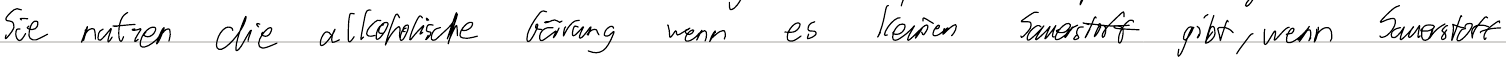
Sie nutzen die alkoholische Gärung wenn es keinen Sauerstoff gibt, wenn Sauerstoff